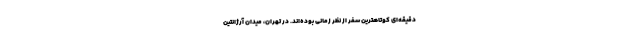
دقیقه‌ای کوتاهترین سفر از نظر زمانی بوده‌اند. در تهران، میدان آرژانتین